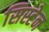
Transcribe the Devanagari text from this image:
सिस्टेन